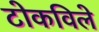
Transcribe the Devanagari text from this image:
टोकविले